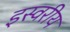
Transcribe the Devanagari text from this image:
इस्वरीय